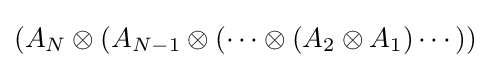
(A_{N}\otimes (A_{N-1}\otimes (\cdots \otimes (A_{2}\otimes A_{1})\cdots ))